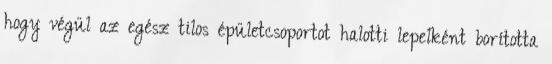
hogy végül az egész tilos épületcsoportot halotti lepelként borította